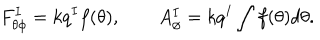
F _ { \theta \phi } ^ { I } = k q ^ { I } f ( \theta ) , \qquad A _ { \phi } ^ { I } = k q ^ { I } \int f ( \theta ) d \theta .